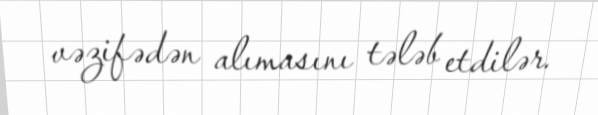
vəzifədən alımasını tələb etdilər.